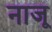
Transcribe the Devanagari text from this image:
नाजू